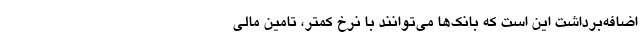
اضافه‌برداشت این است که بانک‌ها می‌توانند با نرخ کمتر، تامین مالی